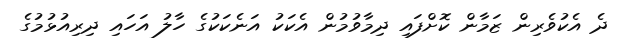
ދެ އެކުވެރިން ޒަމާން ކޮށްފައި ދިމާވުމުން އެކަކު އަނެކަކުގެ ހާލު އަހައި ދިރިއުޅުމުގެ